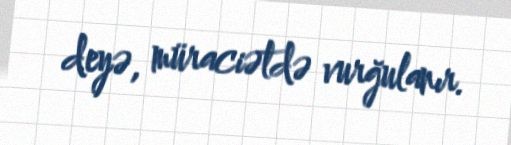
deyə, müraciətdə vurğulanır.